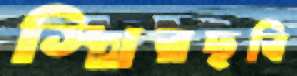
স্থিরছবি